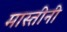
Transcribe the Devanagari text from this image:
मास्तीनी